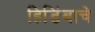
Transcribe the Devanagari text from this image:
हिडिंबाचे